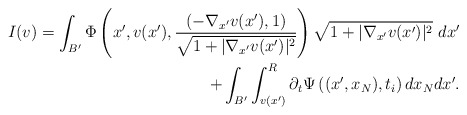
\begin{align*}I(v)=\int_{B'} \Phi\left(x',v(x'),\frac{\left(-\nabla_{x'} v(x'),1\right)}{\sqrt{1+|\nabla_{x'} v(x')|^2}}\right)\sqrt{1+|\nabla_{x'} v(x')|^2}\ dx'\\+\int_{B'}\int^R_{v(x')}\partial_t\Psi\left((x',x_N),t_i\right) dx_N dx'.\end{align*}